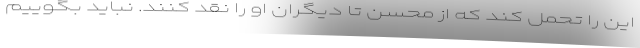
این را تحمل کند که از محسن تا دیگران او را نقد کنند. نباید بگوییم